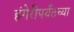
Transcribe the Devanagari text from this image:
हंगेरीपर्यंतच्या